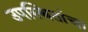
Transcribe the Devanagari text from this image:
उपस्थितांचा